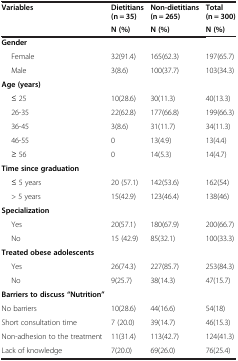
| Variables | Dietitians (n = 35) | Non-dietitians (n = 265) | Total (n = 300) |
 |  | N (%) | N (%) | N (%) |
 | --- | --- | --- | --- |
 | Gender |  |  |  |
 | Female | 32(91.4) | 165(62.3) | 197(65.7) |
 | Male | 3(8.6) | 100(37.7) | 103(34.3) |
 | Age (years) |  |  |  |
 | ≤ 25 | 10(28.6) | 30(11.3) | 40(13.3) |
 | 26-35 | 22(62.8) | 177(66.8) | 199(66.3) |
 | 36-45 | 3(8.6) | 31(11.7) | 34(11.3) |
 | 46-55 | 0 | 13(4.9) | 13(4.4) |
 | ≥ 56 | 0 | 14(5.3) | 14(4.7) |
 | Time since graduation |  |  |  |
 | ≤ 5 years | 20 (57.1) | 142(53.6) | 162(54) |
 | > 5 years | 15(42.9) | 123(46.4) | 138(46) |
 | Specialization |  |  |  |
 | Yes | 20(57.1) | 180(67.9) | 200(66.7) |
 | No | 15 (42.9) | 85(32.1) | 100(33.3) |
 | Treated obese adolescents |  |  |  |
 | Yes | 26(74.3) | 227(85.7) | 253(84.3) |
 | No | 9(25.7) | 38(14.3) | 47(15.7) |
 | Barriers to discuss “Nutrition” |  |  |  |
 | No barriers | 10(28.6) | 44(16.6) | 54(18) |
 | Short consultation time | 7 (20.0) | 39(14.7) | 46(15.3) |
 | Non-adhesion to the treatment | 11(31.4) | 113(42.7) | 124(41.3) |
 | Lack of knowledge | 7(20.0) | 69(26.0) | 76(25.4) |